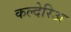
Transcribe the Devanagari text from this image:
कल्देरिअ